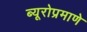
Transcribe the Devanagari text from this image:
ब्यूरोप्रमाणे